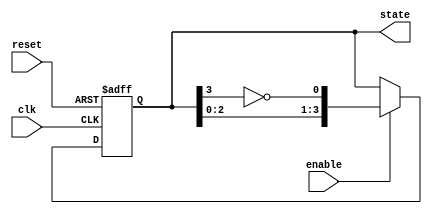
module johnson_counter (
    input wire clk,
    input wire reset,
    input wire enable,
    output reg [3:0] state
);

    // State transition logic for a 4-bit Johnson counter
    always @(posedge clk or posedge reset) begin
        if (reset) begin
            state <= 4'b0000; // Reset state
        end else if (enable) begin
            state <= {state[2:0], ~state[3]}; // Shift and invert the MSB
        end
    end

endmodule